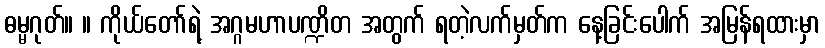
ဓမ္မဂုတ်။ ။ ကိုယ်တော်ရဲ့ အဂ္ဂမဟာပဏ္ဍိတ အတွက် ရတဲ့လက်မှတ်က နေ့ခြင်းပေါက် အမြန်ရထားမှာ